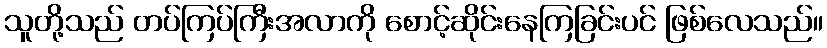
သူတို့သည် တပ်ကြပ်ကြီးအလာကို စောင့်ဆိုင်းနေကြခြင်းပင် ဖြစ်လေသည်။